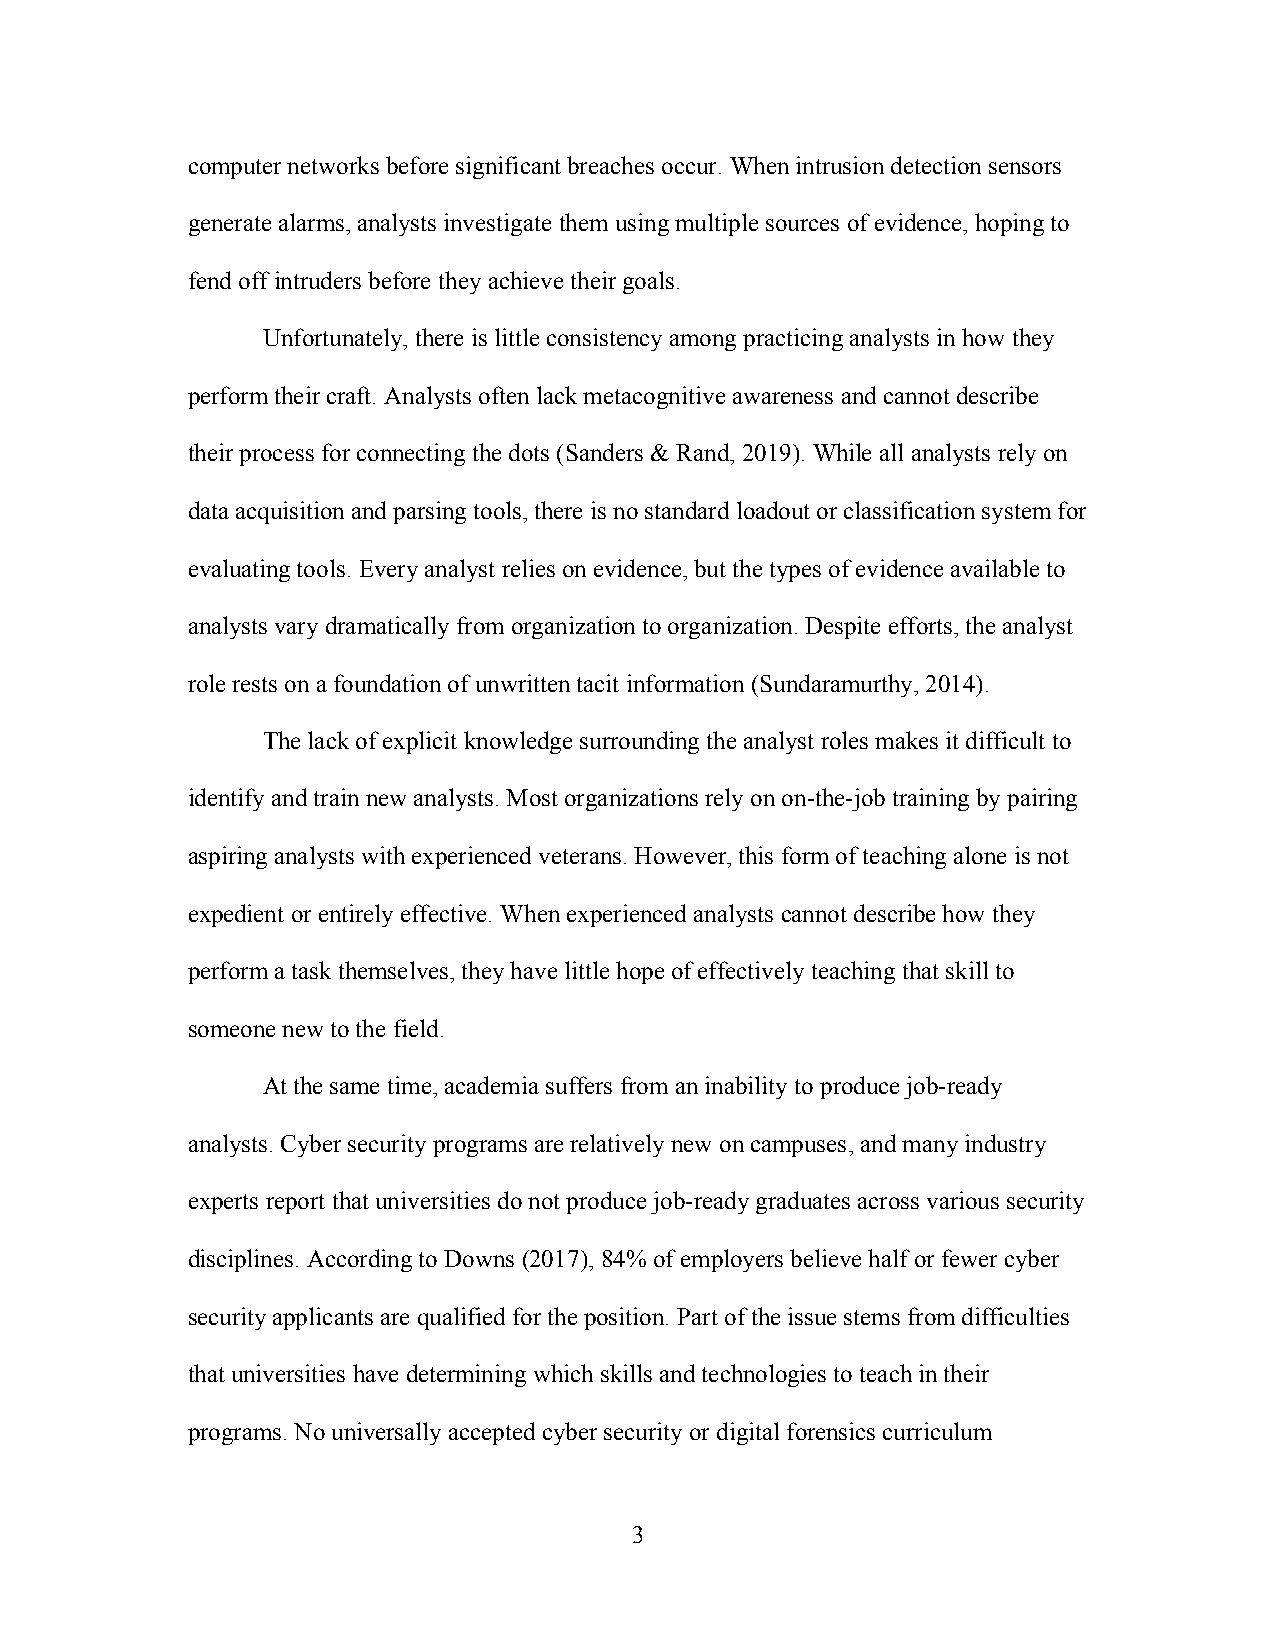
computer networks before significant breaches occur. When intrusion detection sensors
 generate alarms, analysts investigate them using multiple sources of evidence, hoping to
 fend off intruders before they achieve their goals.
 Unfortunately, there is little consistency among practicing analysts in how they
 perform their craft. Analysts often lack metacognitive awareness and cannot describe
 their process for connecting the dots (Sanders & Rand, 2019). While all analysts rely on
 data acquisition and parsing tools, there is no standard loadout or classification system for
 evaluating tools. Every analyst relies on evidence, but the types of evidence available to
 analysts vary dramatically from organization to organization. Despite efforts, the analyst
 role rests on a foundation of unwritten tacit information (Sundaramurthy, 2014).
 The lack of explicit knowledge surrounding the analyst roles makes it difficult to
 identify and train new analysts. Most organizations rely on on-the-job training by pairing
 aspiring analysts with experienced veterans. However, this form of teaching alone is not
 expedient or entirely effective. When experienced analysts cannot describe how they
 perform a task themselves, they have little hope of effectively teaching that skill to
 someone new to the field.
 At the same time, academia suffers from an inability to produce job-ready
 analysts. Cyber security programs are relatively new on campuses, and many industry
 experts report that universities do not produce job-ready graduates across various security
 disciplines. According to Downs (2017), 84% of employers believe half or fewer cyber
 security applicants are qualified for the position. Part of the issue stems from difficulties
 that universities have determining which skills and technologies to teach in their
 programs. No universally accepted cyber security or digital forensics curriculum
 3